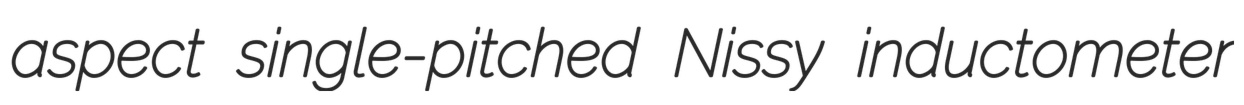
aspect single-pitched Nissy inductometer